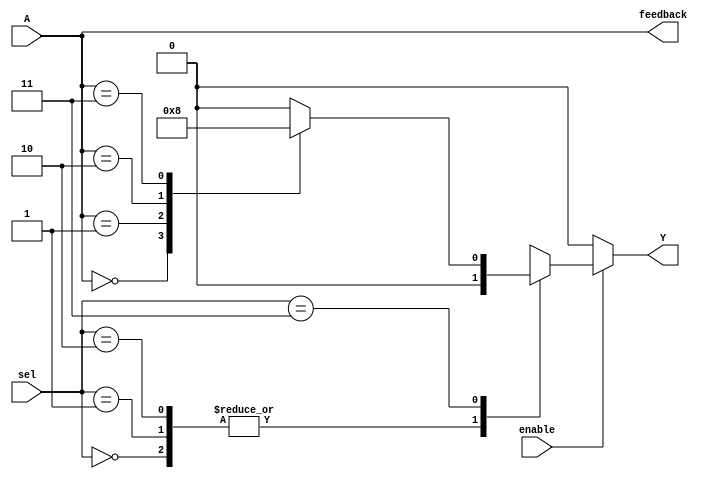
module CombinationalLogicBlock(
    input  wire [3:0] A,           // Input lines (4-bit input)
    input  wire [1:0] sel,         // Selector for multiplexer
    input  wire enable,             // Control signal to enable output
    output wire Y,                  // Output line
    output wire [3:0] feedback      // Feedback path
);

// Internal signal declaration
wire [15:0] lut;                  // Lookup table outputs (4 inputs -> 16 LUT entries)
wire selected_output;             // MUX output
reg [3:0] config_memory;          // Configuration memory for LUT

// Define a simple LUT using a case statement (For demonstration purposes)
always @(*) begin
    case (A)
        4'b0000: config_memory = 4'b0001; // Example LUT configuration
        4'b0001: config_memory = 4'b0010;
        4'b0010: config_memory = 4'b0100;
        4'b0011: config_memory = 4'b1000;
        // Add more cases as needed
        default: config_memory = 4'b0000; // Default output
    endcase
end

// LUT output logic
assign lut = {config_memory, {12'b0}}; // Only using 4 bits of LUT

// Feedback path
assign feedback = A;

// Multiplexer logic
// Select between LUT outputs based on the selector input
always @(*) begin
    case(sel)
        2'b00: selected_output = lut[0];  // Select first output
        2'b01: selected_output = lut[4];  // Select second output
        2'b10: selected_output = lut[8];  // Select third output
        2'b11: selected_output = lut[12]; // Select fourth output
        default: selected_output = 1'b0;   // Default case
    endcase
end

// Output logic with enable control signal
assign Y = enable ? selected_output : 1'b0; // Output only if enabled

endmodule